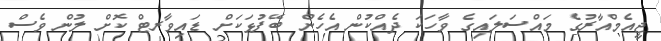
ޖީއެމްއާރުގެ މައްސަލައިގެ ވާހަކަ ދެއްކުން އެހެން ބޭފުޅަކަށް ޑައިވާރޓް ކޮށް ލުން ވެސް